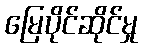
မြေပိုင်ဆိုင်မှု